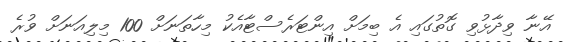
އޭނާ ވިދާޅުވި ގޮތުގައި އެ ބިމަށް އިންޓަރެސްޓާއެކު މިހާތަނަށް 100 މިލިއަނަށް ވުރެ